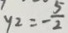
y _ { 2 } = - \frac { 5 } { 2 }